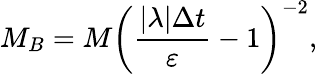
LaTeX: M_{B}=M\left(\frac{|\lambda|\Delta t}{\varepsilon}-1\right)^{-2},